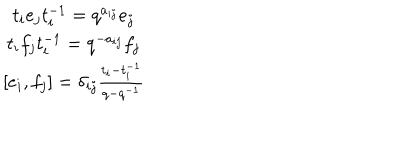
LaTeX: \begin{array} { c } { { t _ { i } e _ { j } t _ { i } ^ { - 1 } = q ^ { a _ { i j } } e _ { j } } } \\ { { t _ { i } f _ { j } t _ { i } ^ { - 1 } = q ^ { - a _ { i j } } f _ { j } } } \\ { { { } [ e _ { i } , f _ { j } ] = \delta _ { i j } \frac { t _ { i } - t _ { i } ^ { - 1 } } { q - q ^ { - 1 } } } } \\ \end{array}